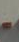
-